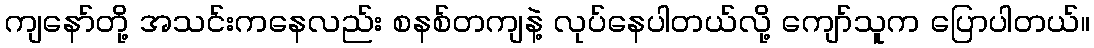
ကျနော်တို့ အသင်းကနေလည်း စနစ်တကျနဲ့ လုပ်နေပါတယ်လို့ ကျော်သူက ပြောပါတယ်။